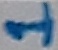
Text: 1